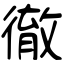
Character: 徹